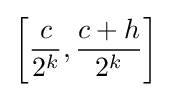
\left[{\frac {c}{2^{k}}},{\frac {c+h}{2^{k}}}\right]